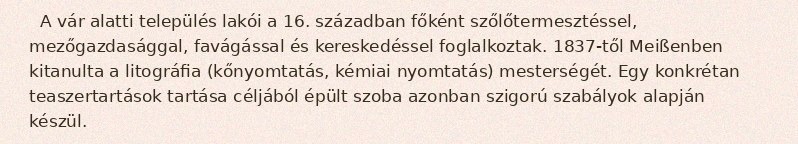
A vár alatti település lakói a 16. században főként szőlőtermesztéssel, mezőgazdasággal, favágással és kereskedéssel foglalkoztak. 1837-től Meißenben kitanulta a litográfia (kőnyomtatás, kémiai nyomtatás) mesterségét. Egy konkrétan teaszertartások tartása céljából épült szoba azonban szigorú szabályok alapján készül.